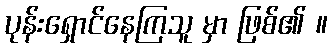
ပုန်းရှောင်နေကြသူ မှာ ဖြစ်၏ ။